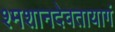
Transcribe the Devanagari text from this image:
श्मशानदेवतायागं